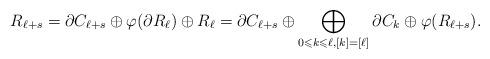
LaTeX: \begin{gather*}R_{\ell+s} = \partial C_{\ell+s} \oplus \varphi( \partial R_{\ell}) \oplus R_\ell = \partial C_{\ell+s} \oplus \bigoplus_{0 \leqslant k \leqslant \ell, [k] = [\ell]} \partial C_{k} \oplus \varphi(R_{\ell+s}).\end{gather*}